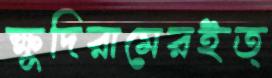
ক্ষুদিরামেরইত্